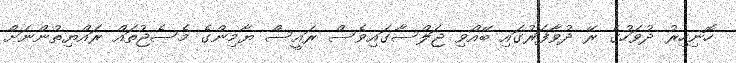
ހޮނިހިރު ދުވަހުގެ ރޭ ދުވާފަރުގައި ބޭއްވި ޖަލްސާގައިވެސް ރައީސް ޔާމިންގެ މެސެޖުތައް ރައްޔިތުންނަށް